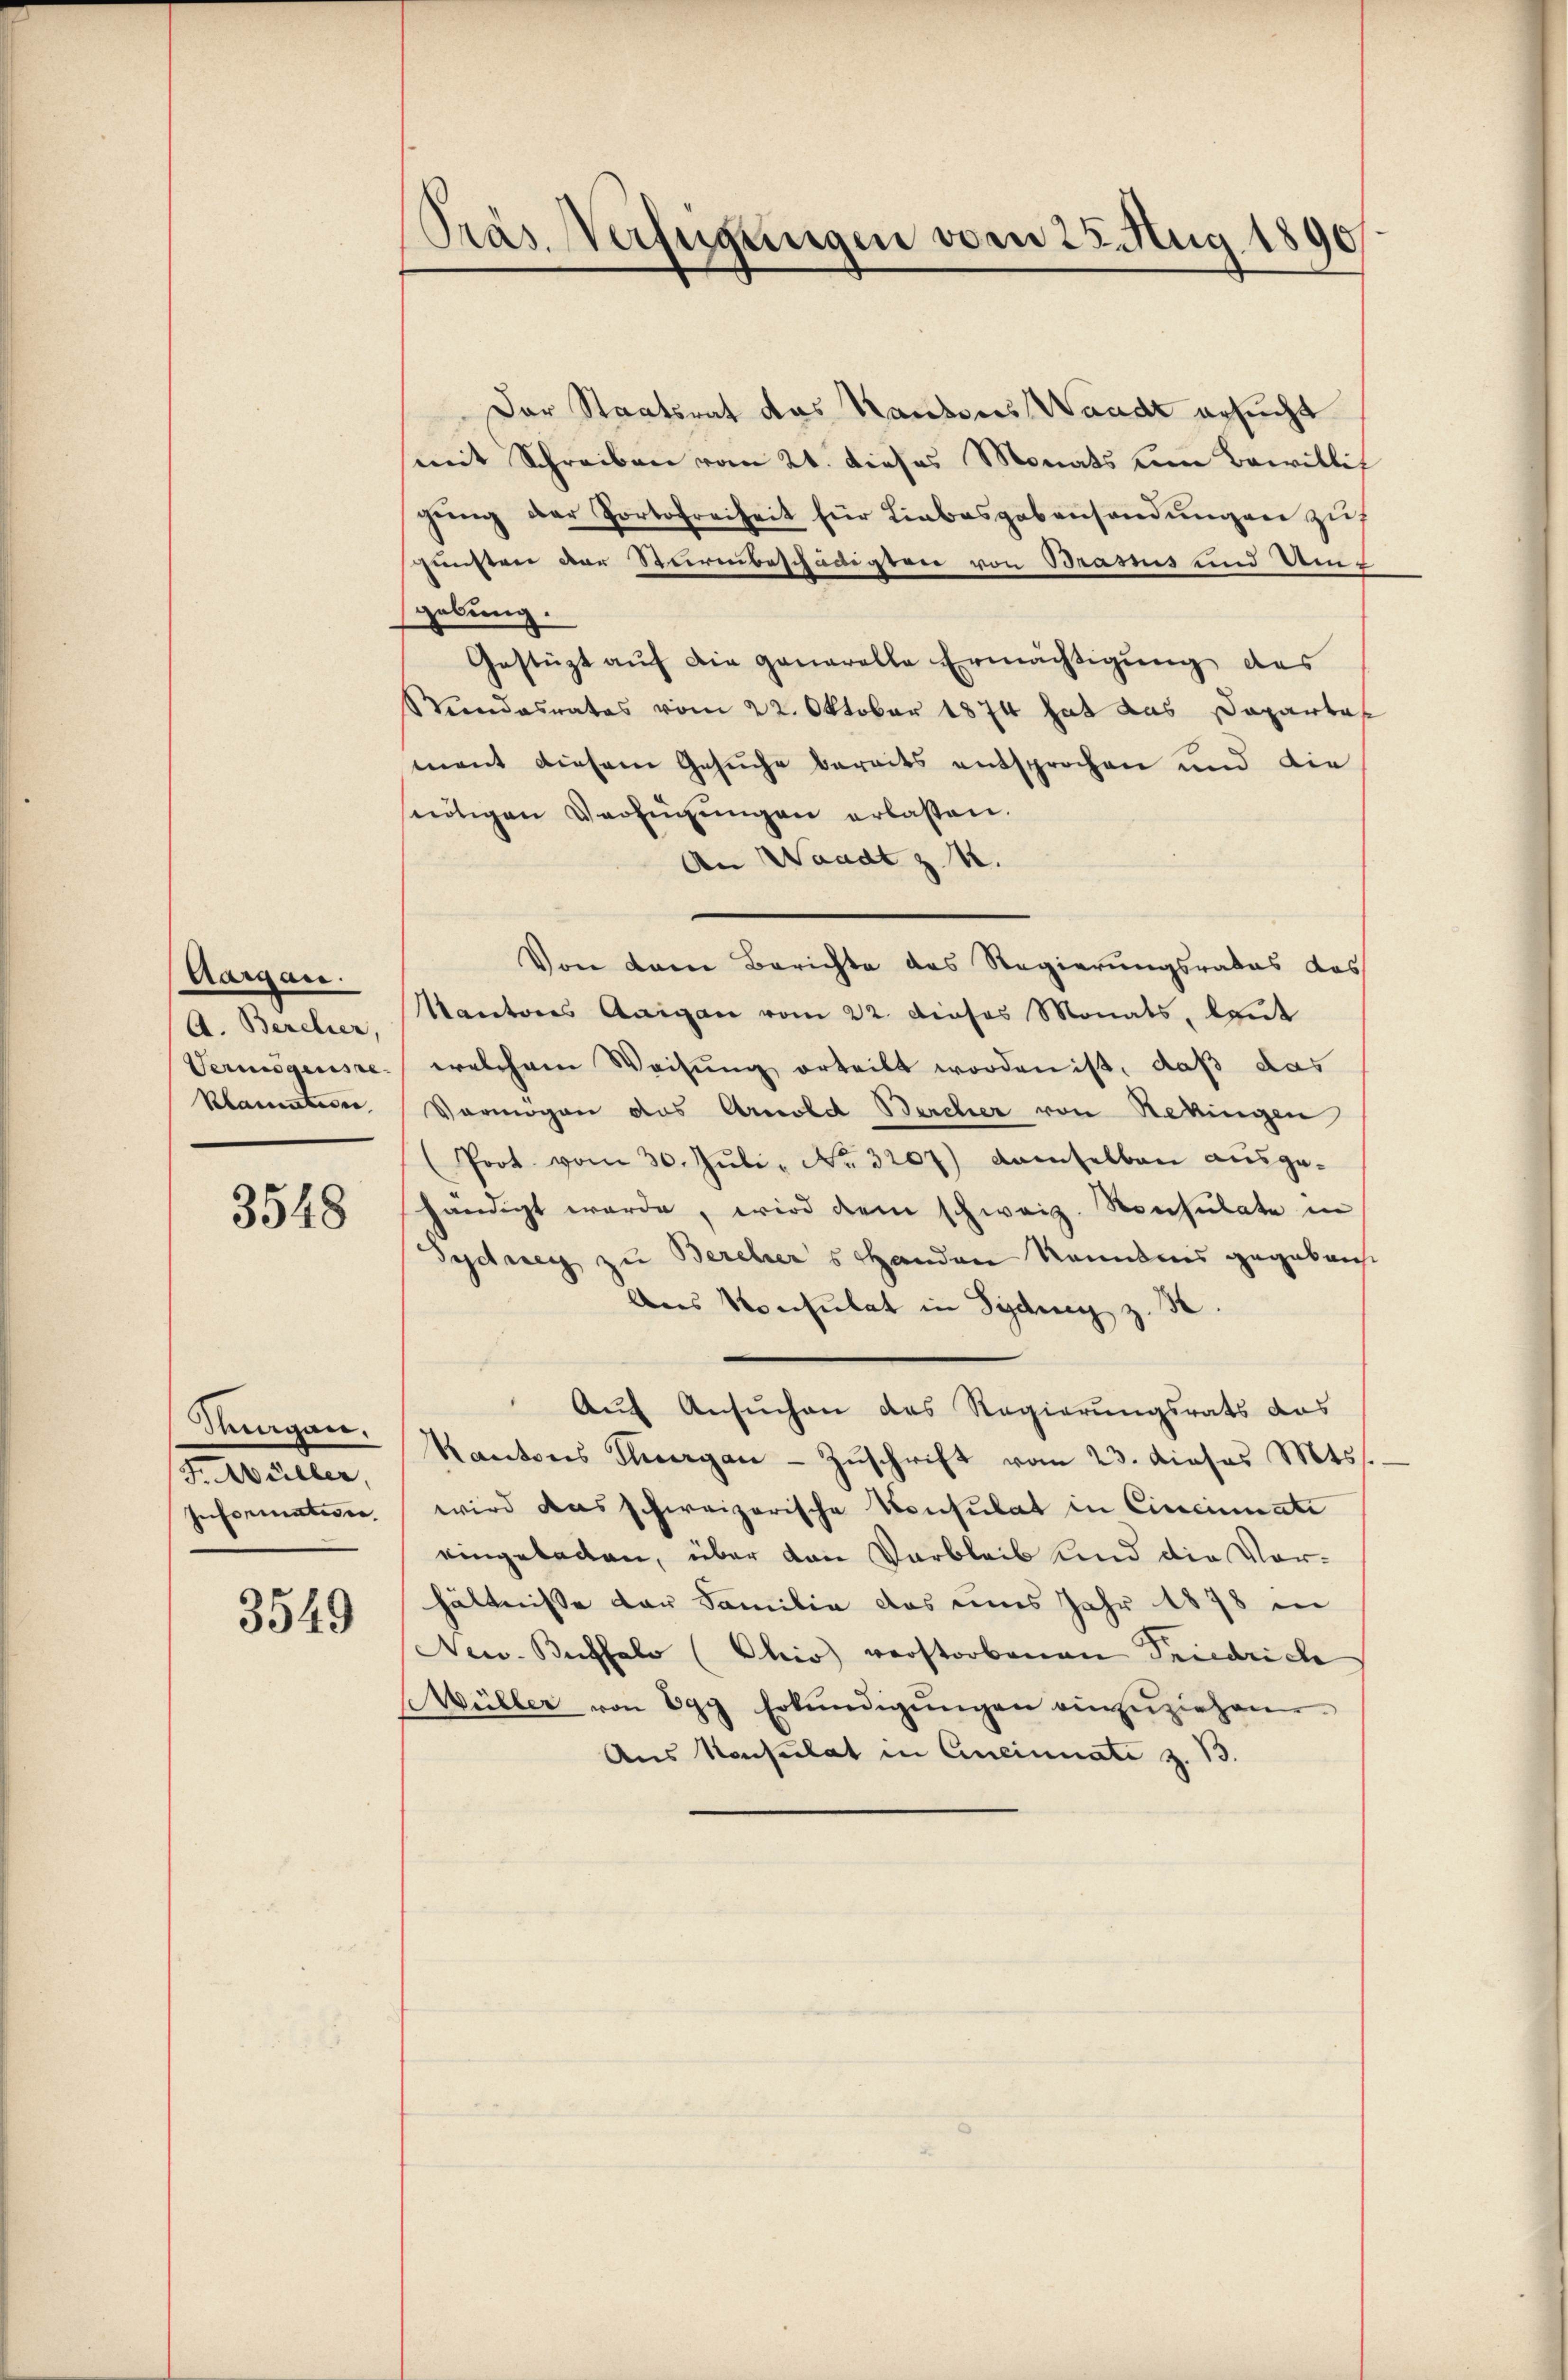
Aargau.
A. Bercher,

3548

Der Staatsrat das Kantons Waadt ersucht
mit Schreiben vom 21. dieses Monats um Bewillis
gŭng der Portofreiheit für Liebesgabensandŭngen zŭ
günsten der Sturmbeschädigten von Brasis und Umt
gelung.
Gestüzt auf die genarelle Ermächtigung des
Stundesrates vom 22. Oktober 1874 hat das Dapartof
ment diesem Gesuche bereits entsprochen und die
sutigen Verfügungen erlassen.
An Waadt z. B.
Von dem Berichte des Regierungsrates das
Kantores Aargau vom 22. dieses Monats, laut
Vermögensre welchem Weisung erteilt worden ist, daß das
klamation, Vermögen das Arnold Bercher von Rekingen
(Poot. vom 30. Jŭli " Nr. 3207) demselben ausge-
händigt werde, wird dem schweiz. Konsulate in
Gydney zu Berchers Handen kanntnis gegebens
Ans Konsulat in Sydung z. B.
Auf Ansuchen das Regierungsrats das
Kantons Tiergan - Zŭschrift vom 23. dieses Mts.
Information wird das schweizerische Konsulat in Cincinnate
eingebaden, über von Verbleib und die Vorhältnisse der Familie das uns Jahr 1878 in
New. Buffalo (Chio verstorbenen Friedriche
Wüller von Egg Erkŭndigŭngen einzuziehen.
Aus Konsulat in Aneinnate z. B.

Thurgan,
F. Müller,

3549

Präs. Verfeigungen vom 25. Aug. 1890